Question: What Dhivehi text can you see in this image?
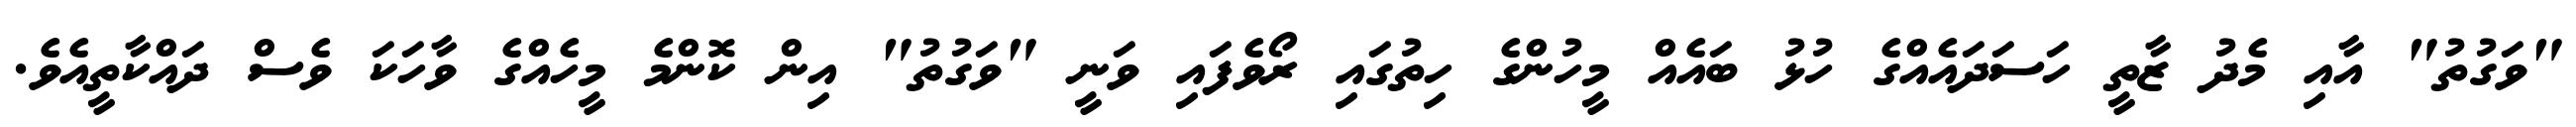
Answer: "ވަގުތު" އާއި މެދު ޒާތީ ހަސަދައެއްގެ ހުޅު ބައެއް މީހުންގެ ހިތުގައި ރޯވެފައި ވަނީ "ވަގުތު" އިން ކޮންމެ މީހެއްގެ ވާހަކަ ވެސް ދައްކާތީއެވެ.